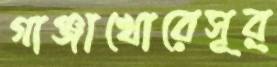
গাঞ্জাখোরেসূর্